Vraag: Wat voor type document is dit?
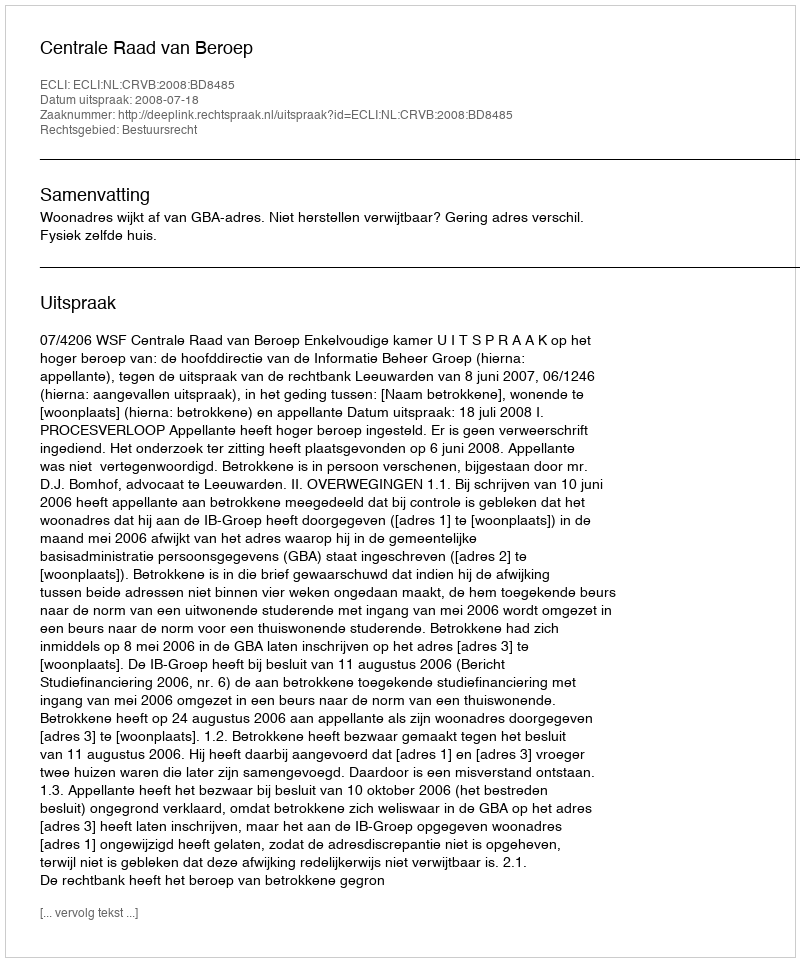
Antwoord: Uitspraak